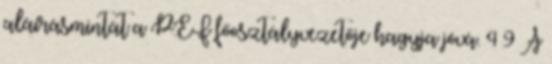
aláírásmintát a PEF főosztályvezetője hagyja jóvá. 4 9 A